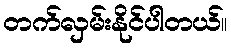
တက်လှမ်းနိုင်ပါတယ်။